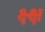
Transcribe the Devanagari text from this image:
क्ष्क्ष